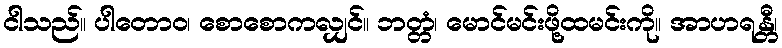
ငါသည်။ ပါတောဝ၊ စောစောကလျှင်။ ဘတ္တံ၊ မောင်မင်းဖို့ထမင်းကို။ အာဟရန္တီ၊